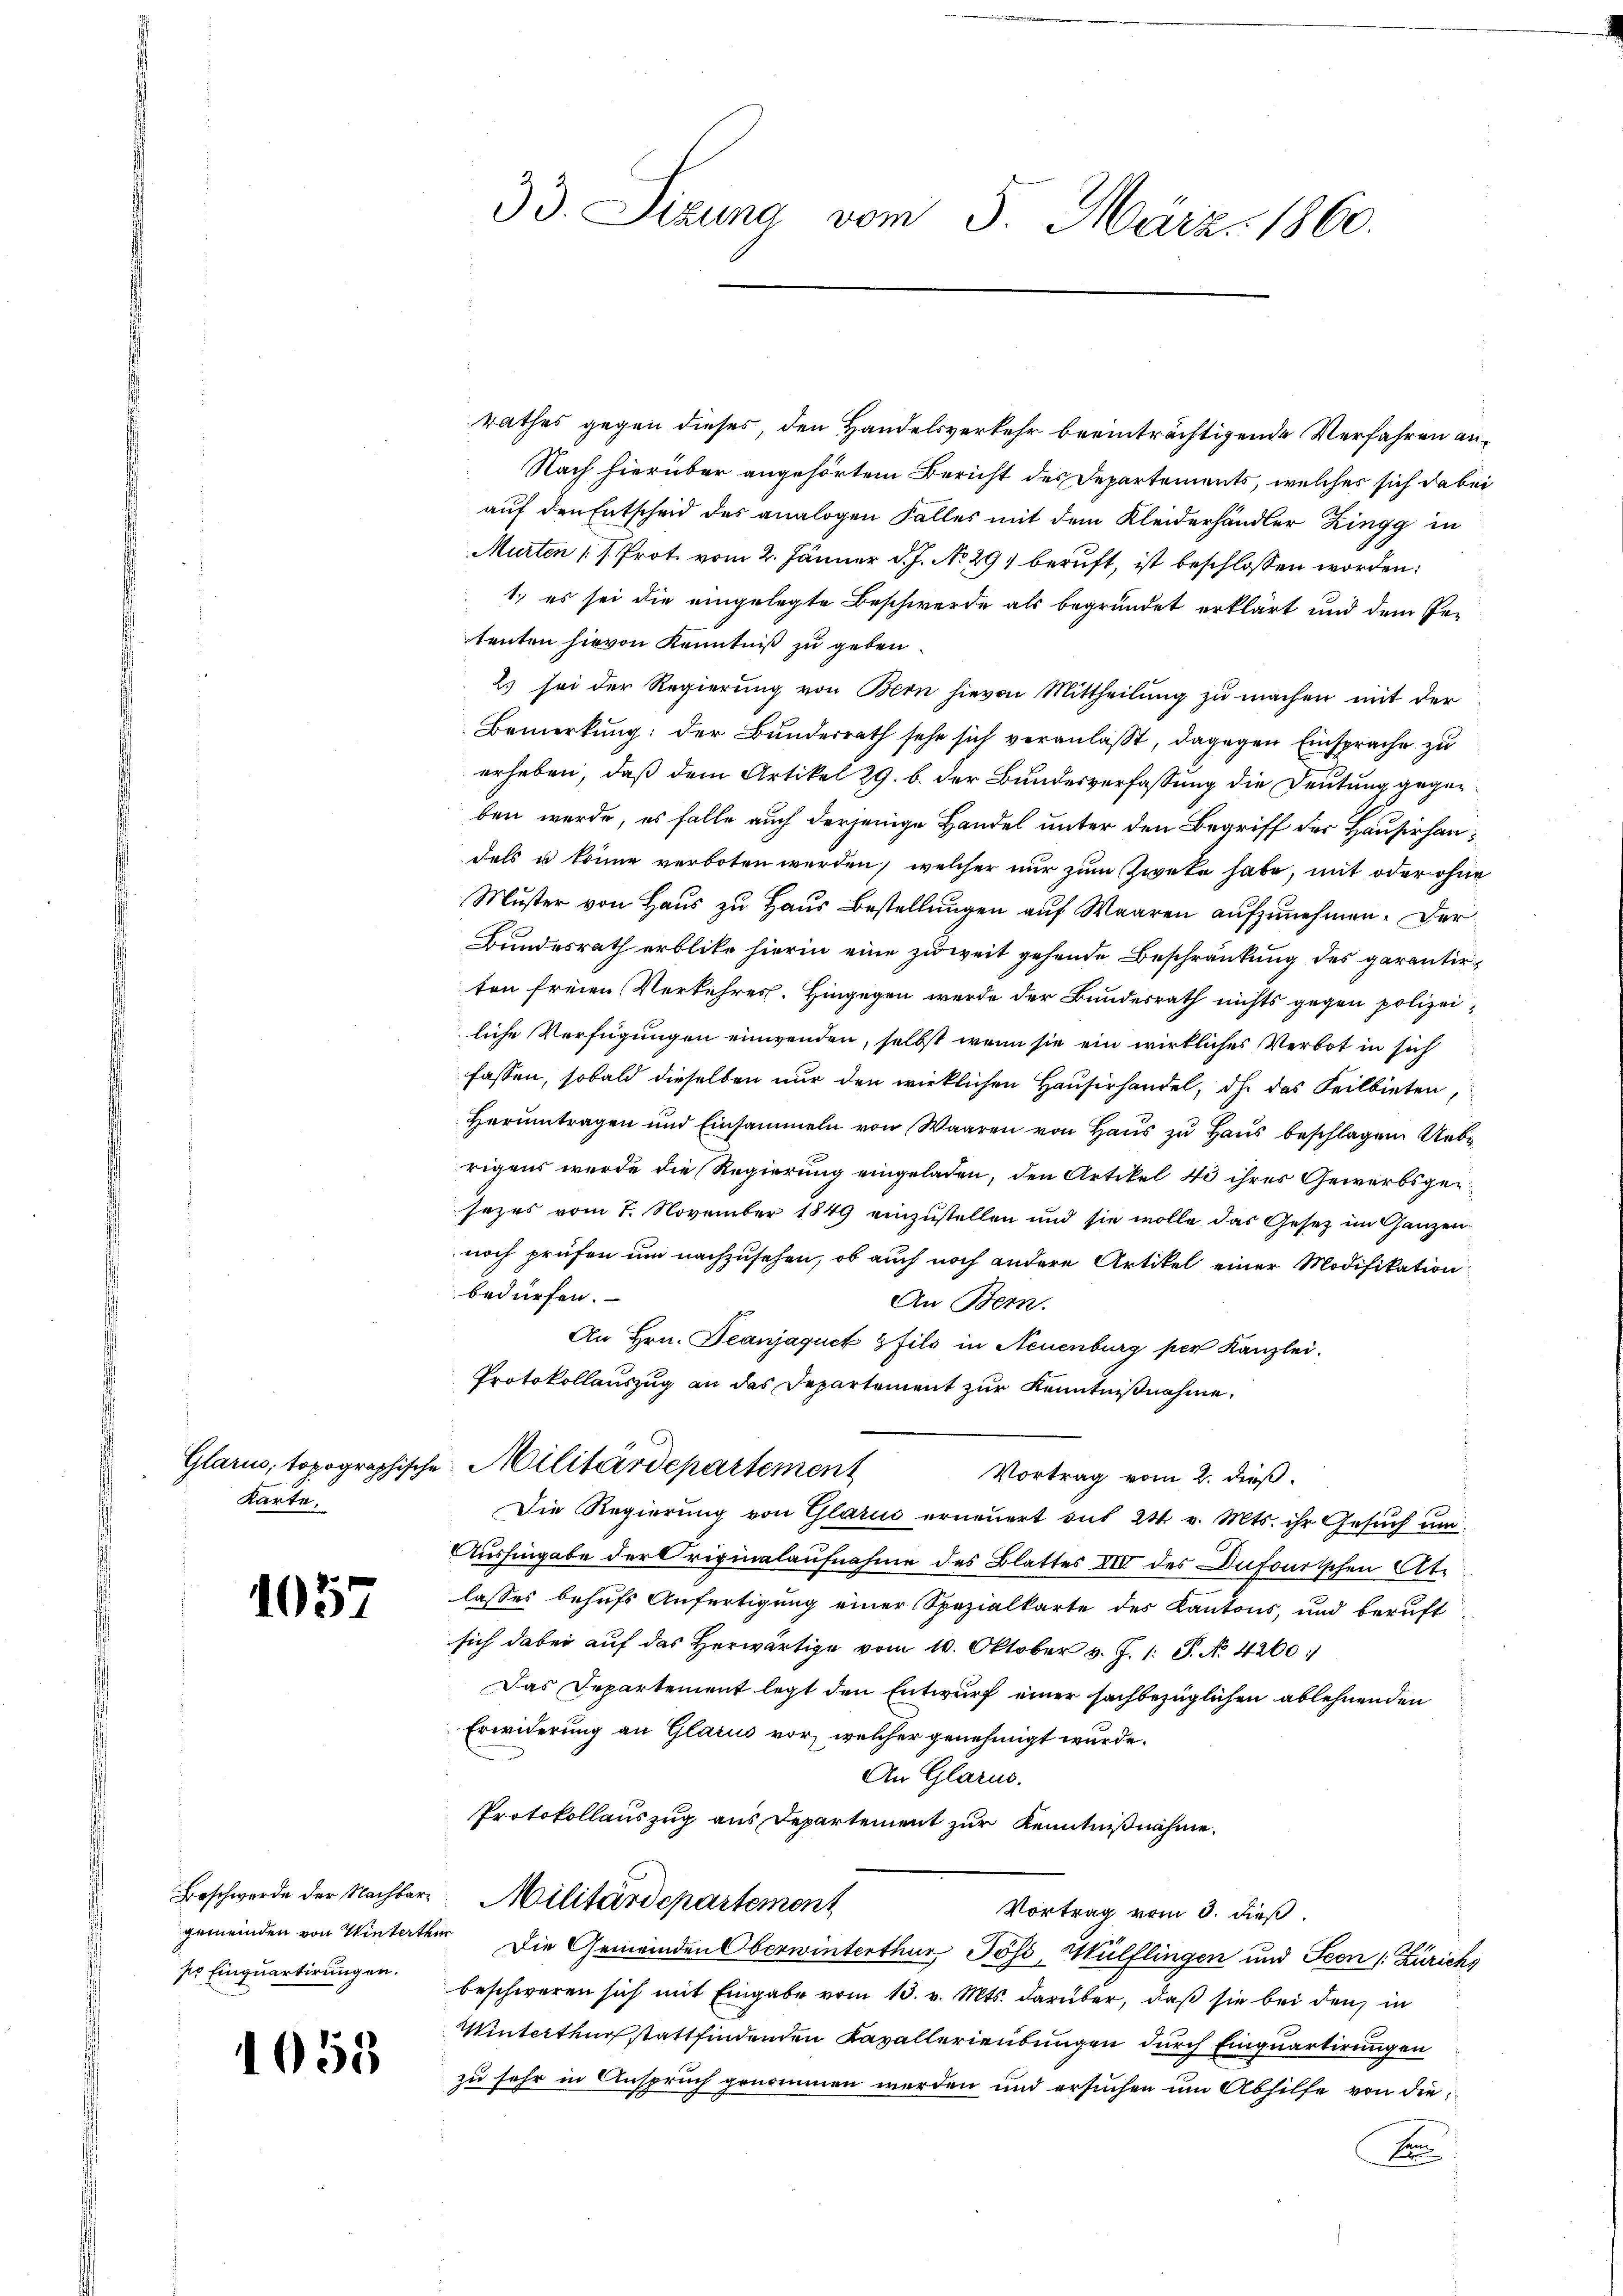
Karte,

1057

1058.

33. Sizung vom 5. März 1860.

rathes gegen dieses, den Handelsverkehr beeinträchtigende Verfahren an¬
Nach hierüber angehörtem Bericht des Departements, welches sich dabei
auf den Entscheid des analogen Falles mit dem Kleiderhändler Zingg in
Murten (s. Prot. vom 2. Jänner d. J. No. 297 beruft, ist beschlossen worden:
1. es sei die eingelegte Beschwerde als begründet erklärt und dem Petenten hievon Kenntniß zu geben.
2) sei der Regierung von Bern hievon Mittheilung zu machen mit der
Bemerkung: der Bundesrath sehe sich veranlaßt, dagegen Einsprache zu
erheben, daß dem Artikel 29. b. der Bundesverfassung die Deutung gegeben werde, es falle auch derjenige Handel unter den Begriff des Hausirhandels u könne verboten werden, welcher nur zum Zweke habe, mit oder ohne
Muster von Haus zu Haus Bestellungen auf Waaren aufzunehmen. Der
Bundesrath erblike hierin eine zuweit gehende Beschränkung des garantirten freien Verkehres. Hingegen werde der Bundesrath nichts gegen polizeiliche Verfügungen einwenden, selbst wenn sie ein wirkliches Verbot in sich
fassen, sobald dieselben nur den wirklichen Hauserhandel, dh. das Feilbieten,
Herumtragen und Einsammeln von Waaren von Haus zu Haus beschlagen. Uebe
rigens wurde die Regierung eingeladen, den Artikel 40 ihres Gewerbsgesezes vom 7. November 1849 einzustellen und sie wolle das Gesetz im Ganzen
noch prüfen um nachzusehen, ob auch noch andere Artikel einer Modifikation
bedürfen.
An Bern.
An Hrn. Jeanjaquet fils in Neuenburg per Kanzlei.
Protokollauszug an das Departement zur Kenntnißnahme,
Glarus, topographische Militärdepartement
Vortrag vom 2. dieß.
Die Regierung von Glarus erneuert auf 24 v. Mts. ihr Gesuch um
Aushingabe der Originalaufnahme des Blatter XII der Dufourtschen Atlasses behufs Anfertigung einer Spezialkarte des Kantons, und beruft
sich dabei auf das herwärtige vom 10. Oktober v. J. 1. P. Nr. 4200.
Das Departement legt den Entwurf einer sachbezüglichen ablehnenden
Erwiderung an Glarus vor, welcher genehmigt wurde.
An Glarus.
Protokollauszug aus Departement zur Kenntnißnahme.
Beschwerde der Nachbar Militärdepartement
Vortrag vom 3. dieß.
gemeinden von Winterter Die Gemeinden Oberwinterthur, Poss, Wülflingen und Seen /: Zürichs
ses Einquartirungen beschweren sich mit Eingabe vom 13. v. Mts. darüber, daß sie bei den in
Winterthur stattfindenden Kavallerieübungen durch Einquartirungen
zu sehr in Anspruch genommen werden und ersuchen um Abhilfe von die¬
B

2